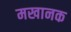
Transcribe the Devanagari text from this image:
मखानक